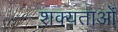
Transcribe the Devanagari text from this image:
शक्यताओं